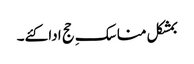
بمشکل مناسکِ حج ادا کئے۔